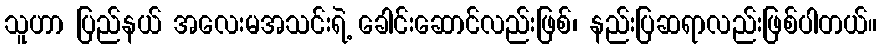
သူဟာ ပြည်နယ် အလေးမအသင်းရဲ့ ခေါင်းဆောင်လည်းဖြစ်၊ နည်းပြဆရာလည်းဖြစ်ပါတယ်။